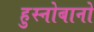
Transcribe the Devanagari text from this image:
हुस्नोबानो